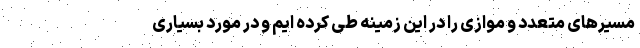
مسیرهای متعدد و موازی را در این زمینه طی کرده ایم و در مورد بسیاری